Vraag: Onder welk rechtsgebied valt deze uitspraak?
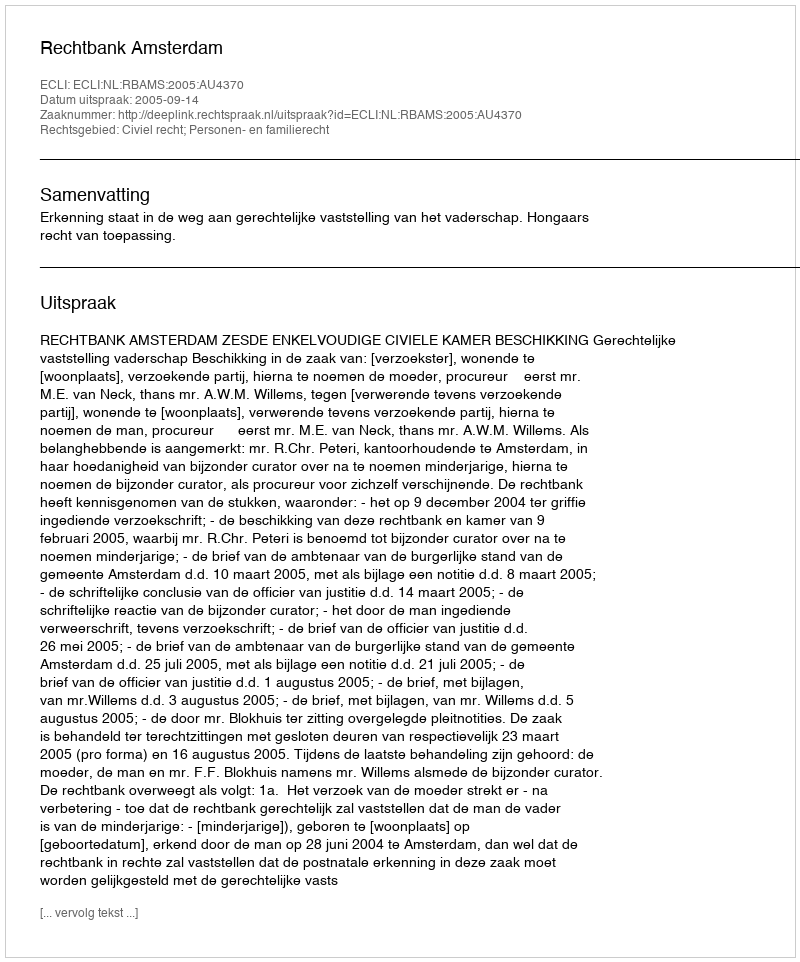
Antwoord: Civiel recht; Personen- en familierecht